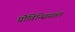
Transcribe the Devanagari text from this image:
प्रोविन्सियाल